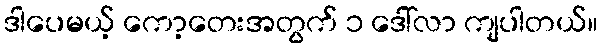
ဒါပေမယ့် ကော့တေးအတွက် ၁ ဒေါ်လာ ကျပါတယ်။